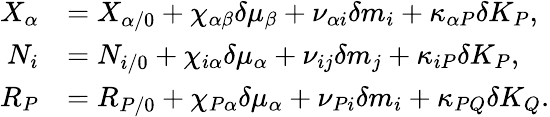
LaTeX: \begin{array}{rl}{X_{\alpha}}&{=X_{\alpha/0}+\chi_{\alpha\beta}\delta\mu_{\beta}+\nu_{\alpha i}\delta m_{i}+\kappa_{\alpha P}\delta K_{P},}\\ {N_{i}}&{=N_{i/0}+\chi_{i\alpha}\delta\mu_{\alpha}+\nu_{ij}\delta m_{j}+\kappa_{iP}\delta K_{P},}\\ {R_{P}}&{=R_{P/0}+\chi_{P\alpha}\delta\mu_{\alpha}+\nu_{Pi}\delta m_{i}+\kappa_{PQ}\delta K_{Q}.}\end{array}